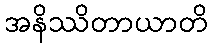
အနိဿိတာယာတိ